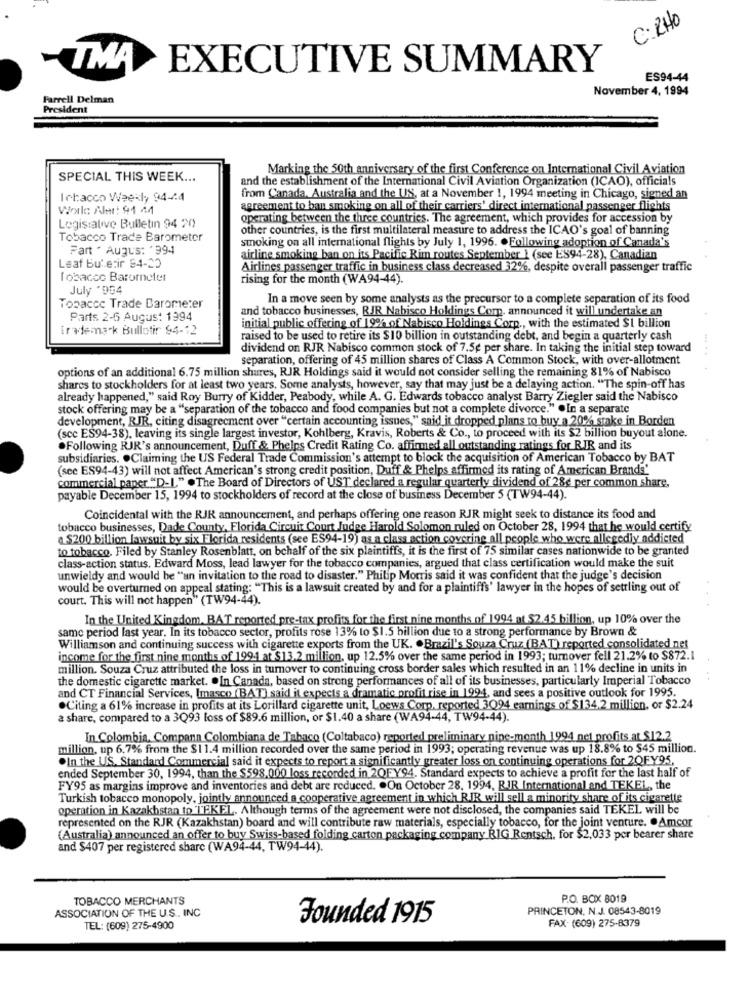
C: 240
-TMA
EXECUTIVE SUMMARY
ES94-44
November 4, 1994
Farrell Delman
President
Marking the 50th anniversary of the first Conference on International Civil Aviation
SPECIAL THIS WEEK ...
and the establishment of the International Civil Aviation Organization (ICAO), officials
Ichacco Weekly 94-74
from Canada, Australia and the US, at a November 1, 1994 meeting in Chicago, signed an
World Almt: 91 44
agreement to ban smoking on all of their carriers' direct international passenger flights
operating between the three countries. The agreement, which provides for accession by
Legislative Bulletin 94 20
other countries, is the first multilateral measure to address the ICAO's goal of banning
Tobacco Trade Barometer
smoking on all international flights by July 1, 1996. . Following adoption of Canada's
Fart . Augus: '994
airline smoking ban on its Pacific Rim routes September 1 (see ES94-28), Canadian
Leaf Bu' etir 84-22
Airlines passenger traffic in business class decreased 32%, despite overall passenger traffic
Tobacco Barometer
rising for the month (WA94-44).
July '9G4
In a move seen by some analysts as the precursor to a complete separation of its food
Topaccc Trade Barometer
and tobacco businesses, RJR Nabisco Holdings Comp, announced it will undertake an
Parts 2-6 August 1994
Trademark Bullotir 94-12
initial public offering of 19% of Nabisco Holdings Corp ., with the estimated $1 billion
raised to be used to retire its $10 billion in outstanding debt, and begin a quarterly cash
dividend on RJR Nabisco common stock of 7.5g per share. In taking the initial step toward
separation, offering of 45 million shares of Class A Common Stock, with over-allotment
options of an additional 6.75 million shares, RJR Holdings said it would not consider selling the remaining 81% of Nabisco
shares to stockholders for at least two years. Some analysts, however, say that may just be a delaying action. "The spin-off has
already happened," said Roy Burry of Kidder, Peabody, while A. G. Edwards tobacco analyst Barry Ziegler said the Nabisco
stock offering may be a "separation of the tobacco and food companies but not a complete divorce." .In a separate
development, RJR, citing disagreement over "certain accounting issues," said it dropped plans to buy a 20% stake in Borden
(scc ES94-38), leaving its single largest investor, Kohlberg, Kravis, Roberts & Co ., to proceed with its $2 billion buyout alone.
.Following RJR's announcement, Duff & Phelps Credit Rating Co. affirmed all outstanding ratings for RIR and its
subsidiaries. . Claiming the US Federal Trade Commission's attempt to block the acquisition of American Tobacco by BAT
(sec ES94-43) will not affect American's strong credit position, Duff & Phelps affirmed its rating of American Brands'
commercial paper "D-L" .The Board of Directors of UST declared a regular quarterly dividend of 28e per common share,
payable December 15, 1994 to stockholders of record at the close of business December 5 (TW94-44).
Coincidental with the RJR announcement, and perhaps offering one reason RJR might seek to distance its food and
tobacco businesses, Dade County, Florida Circuit Court Judge Harold Solomon ruled on October 28, 1994 that he would certify
a $200 billion lawsuit by six Florida residents (see ES94-19) as a class action covering all people who were allegedly addicted
to tobacco. Filed by Stanley Rosenblatt, on behalf of the six plaintiffs, it is the first of 75 similar cases nationwide to be granted
class-action status, Edward Moss, lead lawyer for the tobacco companies, argued that class certification would make the suit
unwieldy and would be "an invitation to the road to disaster." Philip Morris said it was confident that the judge's decision
would be overturned on appeal stating: "This is a lawsuit created by and for a plaintiffs' lawyer in the hopes of settling out of
court. This will not happen" (TW94-44).
In the United Kingdom. BAT reported pre-tax profits for the first nine months of 1994 at $2.45 billion, up 10% over the
same period last year. In its tobacco sector, profits rose 13% to $1.5 billion due to a strong performance by Brown &
Williamson and continuing success with cigarette exports from the UK. . Brazil's Souza Cruz (BAT) reported consolidated net
income for the first nine months of 199-1 at $13.2 million, up 12.5% over the same period in 1993; turnover fell 21.2% to $872.1
million. Souza Cruz attributed the loss in turnover to continuing cross border sales which resulted in an 11% decline in units in
the domestic cigarette market. . In Canada, based on strong performances of all of its businesses, particularly Imperial Tobacco
and CT Financial Services, Imasco (BAT) said it expects a dramatic profit rise in 1994, and sees a positive outlook for 1995.
.Citing a 61% increase in profits at its Lorillard cigarette unit, Loews Corp, reported 3Q94 earnings of $134.2 million, or $2.24
a share, compared to a 3Q93 loss of $89.6 million, or $1.40 a share (WA94-44, TW94-44).
In Colombia, Compana Colombiana de Tabaco (Coltabaco) reported preliminary nine-month 1994 net profits at $12.2
million, up 6.7% from the $11.4 million recorded over the same period in 1993; operating revenue was up 18.8% to $45 million.
.In the US. Standard Commercial said it expects to report a significantly greater loss on continuing operations for 2QFY95,
ended September 30, 1994, than the $598,000 loss recorded in 2QFY94. Standard expects to achieve a profit for the last half of
FY95 as margins improve and inventories and debt are reduced. . On October 28, 1994, BIR International and TEKEL, the
Turkish tobacco monopoly, jointly announced a cooperative agreement in which RJR will sell a minority share of its cigarette
operation in Kazakhstan to TEKEL, Although terms of the agreement were not disclosed, the companies said TEKEL will be
represented on the RJR (Kazakhstan) board and will contribute raw materials, especially tobacco, for the joint venture. . Amcor
(Australia) announced an offer to buy Swiss-based folding carton packaging company RIG Rentsch, for $2,033 per bearer share
and $407 per registered share (WA94-44, TW94-44).
TOBACCO MERCHANTS
P.O. BOX 8019
PRINCETON, N. J. 08543-8019
ASSOCIATION OF THE U.S .. INC
Founded 1915
FAX: (609) 275-8379
TEL: (609) 275-4900